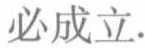
必成立.